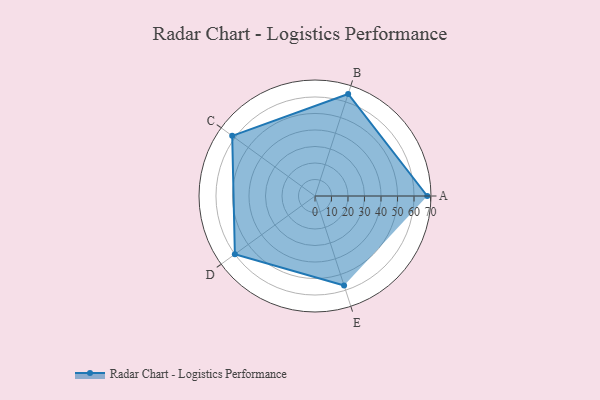
{"axis": {"x": "Skill", "y": "Score"}, "legend": ["Profile"], "data": [{"x": "A", "y": 68.0, "type": "Profile"}, {"x": "B", "y": 65.0, "type": "Profile"}, {"x": "C", "y": 62.0, "type": "Profile"}, {"x": "D", "y": 60.0, "type": "Profile"}, {"x": "E", "y": 57.0, "type": "Profile"}]}